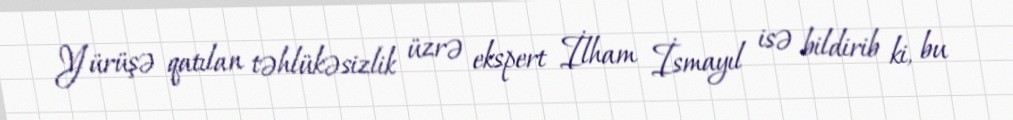
Yürüşə qatılan təhlükəsizlik üzrə ekspert İlham İsmayıl isə bildirib ki, bu